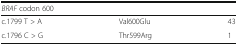
<table><thead><tr><td colspan="3"><b><i>BRAF</i> codon 600</b></td></tr></thead><tbody><tr><td>c.1799 T &gt; A</td><td>Val600Glu</td><td>43</td></tr><tr><td>c.1796 C &gt; G</td><td>Thr599Arg</td><td>1</td></tr></tbody></table>